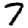
Digit: 7